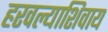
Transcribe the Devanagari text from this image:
हरवल्याशिवाय